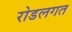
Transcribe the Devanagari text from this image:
रोडलगत